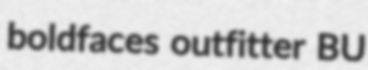
boldfaces outfitter BU